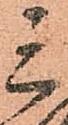
三